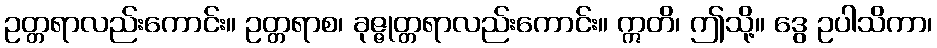
ဥတ္တရာလည်းကောင်း။ ဥတ္တရာစ၊ ခုဇ္ဇုတ္တရာလည်းကောင်း။ ဣတိ၊ ဤသို့။ ဒွေ ဥပါသိကာ၊